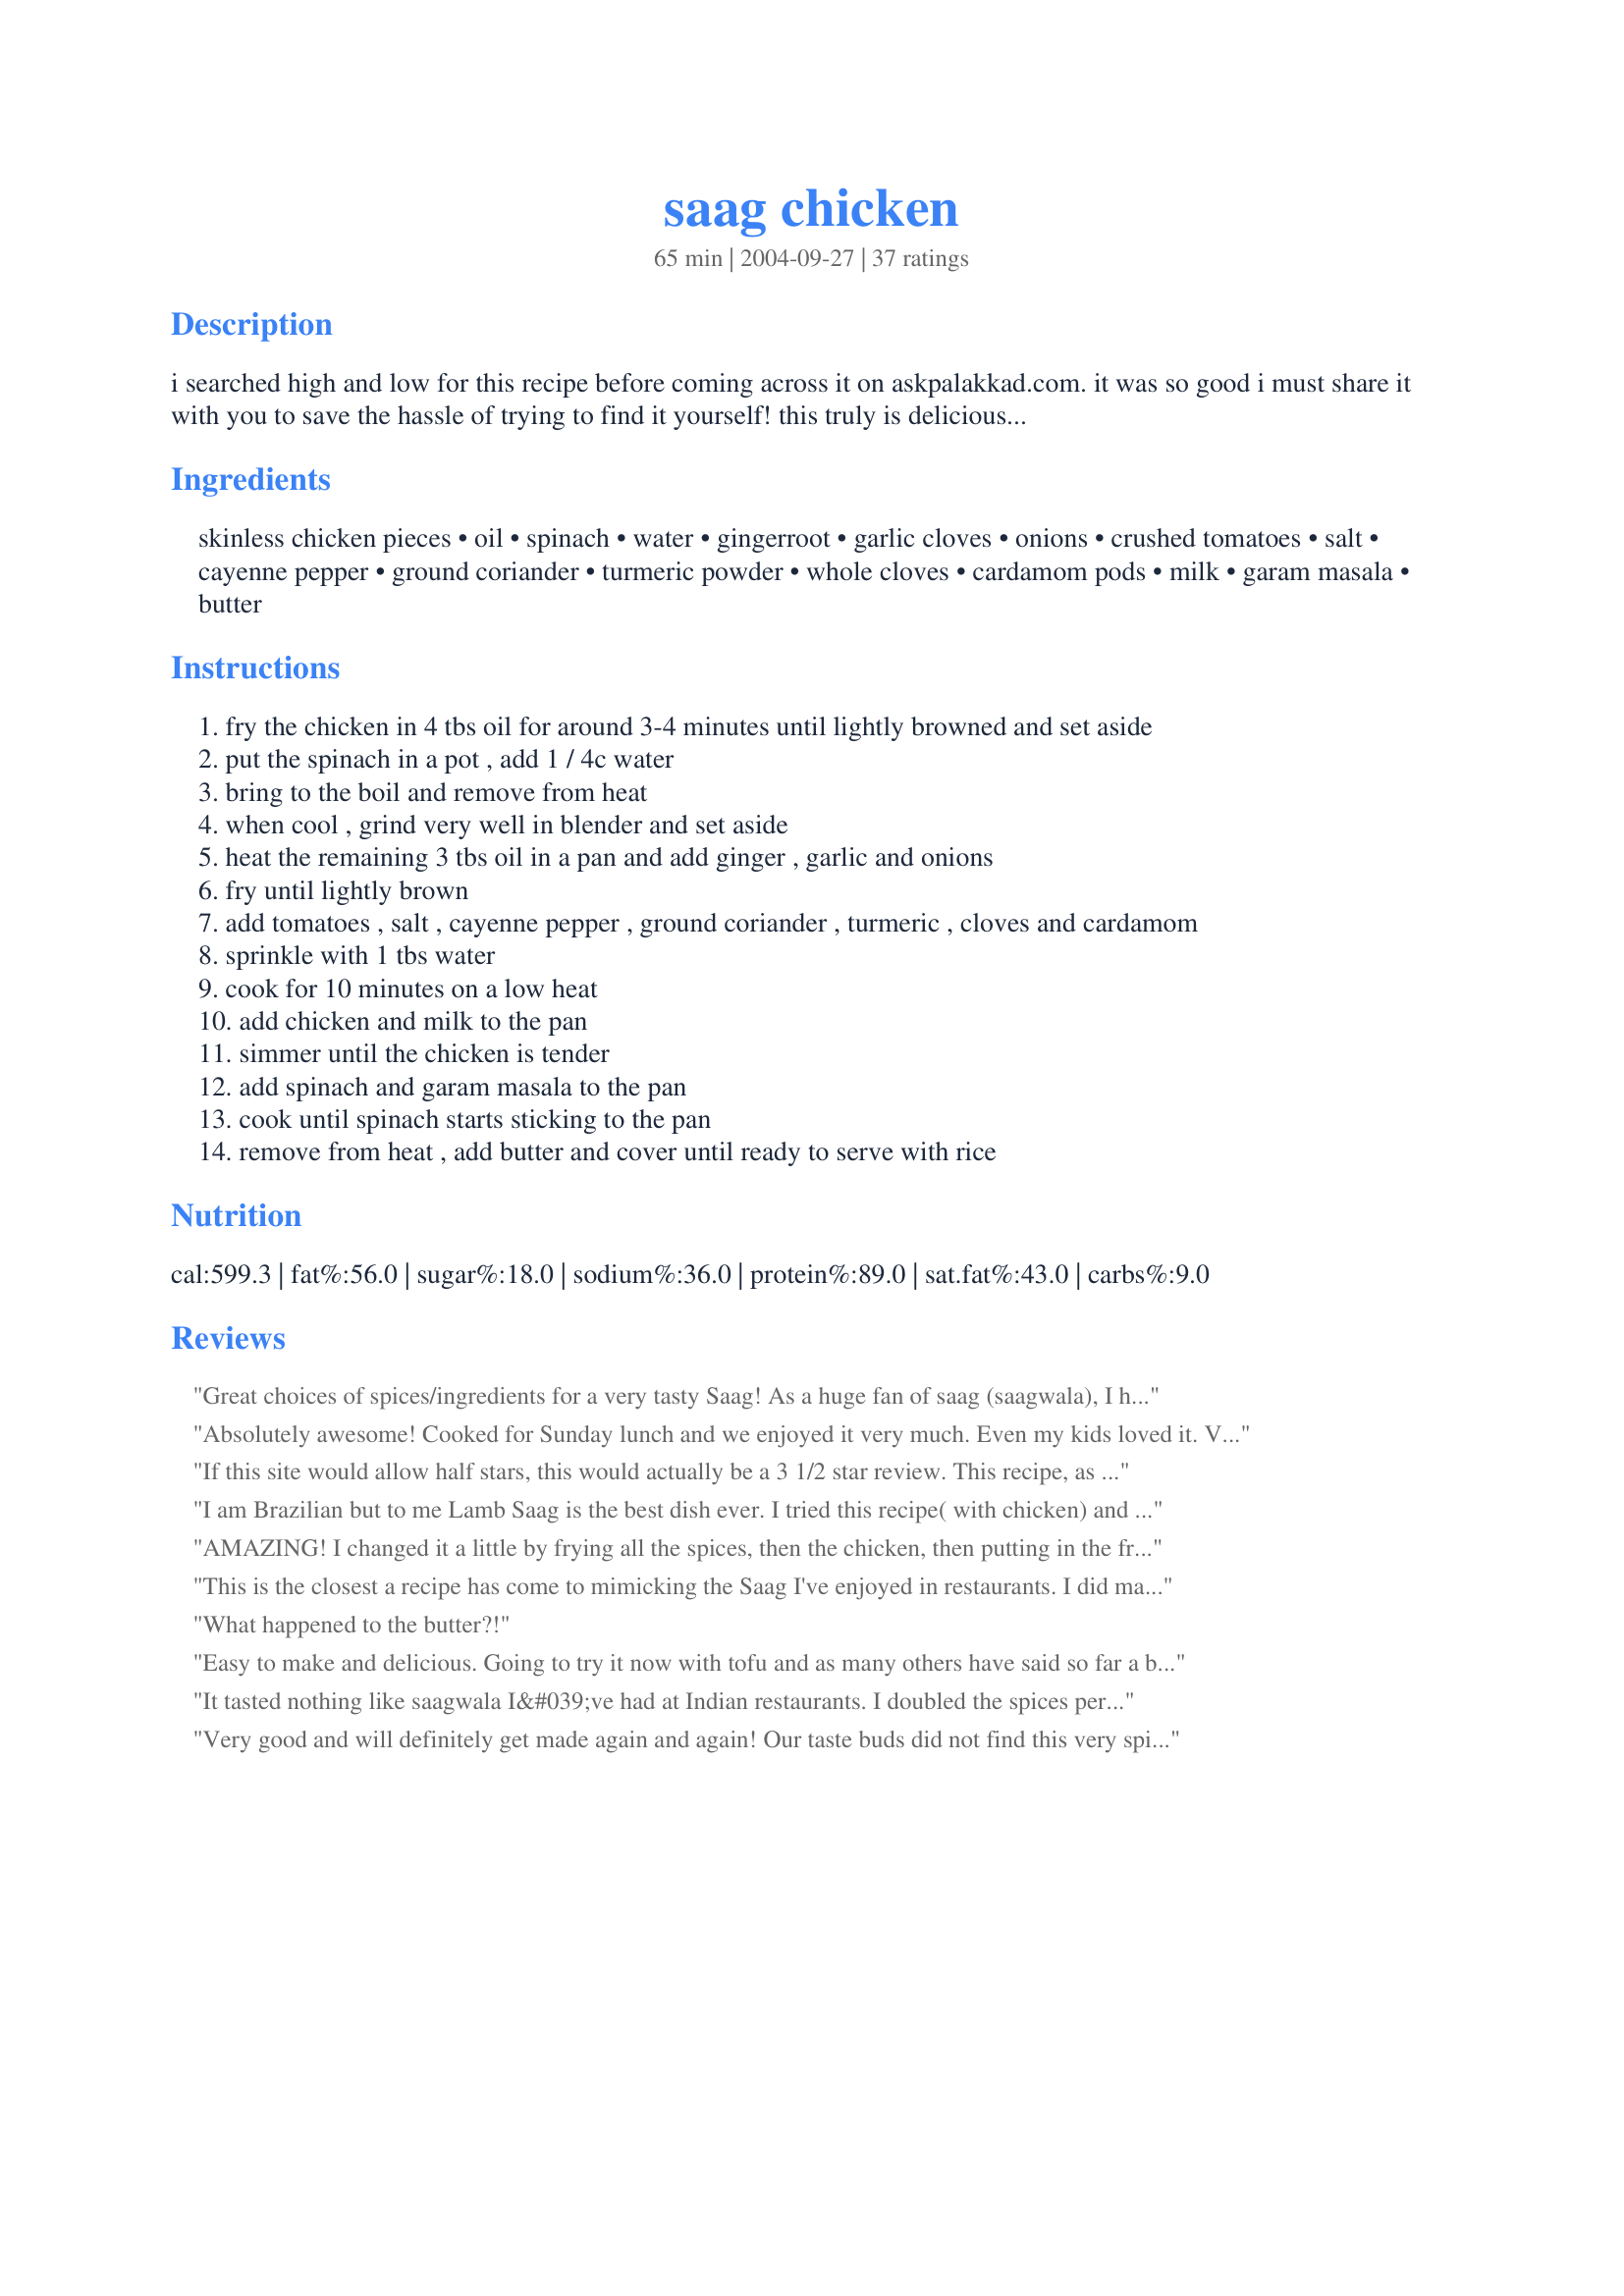
saag chicken
Preparation time: 65 minutes

i searched high and low for this recipe before coming across it on askpalakkad.com. it was so good i must share it with you to save the hassle of trying to find it yourself! this truly is delicious!! add a few cardamom seeds to the rice for a truly authentic indian taste! note: this is quite spicy. if you do not like spicy food, adjust the amount of cayenne pepper (e.g. 1/4 tsp cayenne).

Ingredients:
skinless chicken pieces, oil, spinach, water, gingerroot, garlic cloves, onions, crushed tomatoes, salt, cayenne pepper, ground coriander, turmeric powder, whole cloves, cardamom pods, milk, garam masala, butter

Steps:
fry the chicken in 4 tbs oil for around 3-4 minutes until lightly browned and set aside
put the spinach in a pot , add 1 / 4c water
bring to the boil and remove from heat
when cool , grind very well in blender and set aside
heat the remaining 3 tbs oil in a pan and add ginger , garlic and onions
fry until lightly brown
add tomatoes , salt , cayenne pepper , ground coriander , turmeric , cloves and cardamom
sprinkle with 1 tbs water
cook for 10 minutes on a low heat
add chicken and milk to the pan
simmer until the chicken is tender
add spinach and garam masala to the pan
cook until spinach starts sticking to the pan
remove from heat , add butter and cover until ready to serve with rice

Reviews:
Great choices of spices/ingredients for a very tasty Saag! As a huge fan of saag (saagwala), I have several recipes for chicken saag, and like some of the other raters of this particular recipe, like it very spicey. That said, I doubled the garlic, ginger, and spices. I also prefer a saag that produces more "gravy," thus added about 1/2 cup yogurt plus 1/2 cup chicken broth (at the end), and heated it through. The flavor of this spice combination is very close to what I have also been looking for. My DH also loved it. Added about 1/2 cup cooked sliced mushrooms to the mix. Thank you for sharing a recipe for saag that truly provides the "melded" spices that taste like those we've had in the best East Indian restaurants.
Absolutely awesome! Cooked for Sunday lunch and we enjoyed it very much. Even my kids loved it. Very tender and delicious. Full marks!
If this site would allow half stars, this would actually be a 3 1/2 star review. This recipe, as written, has a lot of issues, though I did like it a lot and would definitely make it again. Here are my thoughts:

1) &quot;4-6 Servings&quot; - only if feeding NFL linebackers, and even then, I think they&#039;d be struggling to finish it off. Note that it calls for 3 lbs EACH of spinach and chicken. I made quantities as described, and I got almost a full GALLON of saag. If you&#039;re eating it with naan and/or rice, that&#039;ll make each serving stretch even farther. This makes AT LEAST 16 servings as written (probably 16-20, depending on your appetite and whether you eat with rice/naan). Unless you need to feed a lot of people, you may want to consider reducing the recipe to half or even a quarter size, depending on how many you&#039;re feeding and how much leftovers you want.

2) Cooking vessels - 3 lbs of raw spinach has a lot of volume. I had to break out the largest pot I own (3 gallons) to fit it all. It will reduce, but you still have to put it all in there to start. I recommend a 2 gallon (8 quart) minimum for the spinach if you&#039;re making this at full size.

3) Oil - you probably don&#039;t need as much to cook the chicken. No more than half the quantity specified.

4) Spices - I concur with what other reviewers have said about this needing to be spicier. I doubled the spices and even threw in an extra teaspoon of curry powder for good measure. It could have used even more. Also, SALT. This needs so much more salt than it calls for. Try doubling it to start and then go from there.

5) Milk/yogurt - I used regular plain nonfat yogurt in double the quantity of milk specified (1/2 cup instead of 1/4). I think ideally, if you have greek yogurt with some degree of milkfat, that would be ideal for this dish.
I am Brazilian but to me Lamb Saag is the best dish ever. I tried this recipe( with chicken) and added some green peas and loved it. Tasted just like kabab House , the Indian Restaurant that I go to. Next time I will try with lamb. I also replaced milk for yogurt. Will make this dish over and over again. If you are a Indian food lover, like me, you will love it too. Now I will look for a recipe for Tik Tikka Masal ;)
AMAZING! I changed it a little by frying all the spices, then the chicken, then putting in the frozen spinach. Would definitely eat again.
This is the closest a recipe has come to mimicking the Saag I've enjoyed in restaurants. I did make a few changes though, mostly based upon the suggestions of others. I did double (or even slightly more) the spices listed in the ingredients. I used fresh baby spinach, which gave the saag a beautiful healthy green color. I also only used one onion as I'm not a huge onion fan. I used five skin-on, bone-in chicken thighs and roasted them at 400 degrees until slightly under done. Then I removed the bones and skin and shredded the meat with my hands. I used the rendered fat from the chicken to brown the onions, garlic and ginger and then substituted Chobani plain Greek yoghurt for the milk. I also threw in some homemade paneer (very easy and well worth it). Pretty dang tasty if I do say so myself.
What happened to the butter?!
Easy to make and delicious. Going to try it now with tofu and as many others have said so far a bit more spice. Extremely helpful resource for someone with no experience whatsoever handling Indian cuisine - thank you!
It tasted nothing like saagwala I&#039;ve had at Indian restaurants. I doubled the spices per other reviews, but still found it severely lacking in flavor. It was also very dry to the point that there were no juices for the rice to soak up. That being said, it was edible once we added some chicken broth to the mix. It just didn&#039;t taste at all like a typical saagwala.
Very good and will definitely get made again and again! Our taste buds did not find this very spicy at all however, so next time I'll up the spices some (we like our Indian food very spicy!). Great recipe!
Great recipee! Used yogurt instead of milk and added more spices and still found it quite mild. Mild doesn't mean "not delicious"! I devoured this stuff! And can't wait to do so again tomorrow for lunch!
I have been trying to make saag for years and this is the only recipe that has ever worked! It is addictive. I serve it with cilantro sauce (whirl cilantro, green onion & jalapeno in food processor, then blend in plain yogurt and a splash of lemon juice), basmati rice and spiced mashed buttercup squash. It freezes well, too, although the spinach turns dark.
This two star rating is for the recipe as written. It has WAY too much spinach. 48 ounces of spinach is a huge Costco sized bag of fresh spinach. I doubled the garlic, onion, ginger and all spices and added the full amount of spinach, which was a whole blender full of pureed (nearly) spinach, and I couldn&#039;t taste the spice at all. It also makes much more than 4 to 6 servings. We&#039;re going to be eating this for another 3 meals. It probably served 10 to 12. I managed to fix it by putting another large portion of every spice, including garlic and onion and ginger powders The spice mix is really great, and just before I put the spinach in, it was about the right spice to sauce ratio (I doubled the spiced to begin with), So it probably needs triple the spices and cut way back on the spinach. I&#039;m sure it could be very good if you get the ratios right.
Great authentic recipe, really nice. <br/>I used cream instead of milk just for more richness.
Very simple and awesome recipe
This is delicious and my family devoured it. I love how it's relatively healthy and has good flavours too. We finished the meal with mango lassi all around! Thanks for this great recipe!
Thank you very much for the recipe. One suggestion that I would make for those who think that this is a little bland is to cut back on the spinach. 3 pounds (48 oz) of spinach is quite a bit and I think you can take the approach of increasing spices or cutting the spinach back by at least 1/3. Thanks again for the recipe. I will continue to try this in different iterations.
This was good. I switched out the milk for yogurt and the butter for ghee (clarified butterfat that is commonly used in Indian dishes). I also reduced the amount of oil to 4 tbsp in total. I think next time I will increase the spice mix as I don't think it's enough. It's a good recipe to start with and I think with a little tweaking it could be a great 5-star dish. Thanks for this, MilliesMum!
Fairly quick and easy despite the long list of ingredients. It's become a family favorite and I've made it many, many times.
Delicious and easy. I can even make it on Tuesday night after work.
I should have read the other reviews before making this. Do not follow the recipe as stated unless your end goal is to serve bland spinach paste to a crowd of 20+. Double the spice, add plenty of yogurt, triple the salt and add chicken broth during the chicken stage. I'd personally let it simmer an extra 10 minutes at the end. Then take everything I just said and cut the recipe in half unless you're feeding an entire football team.
Fantastic meal! I didn't use butter at the end to keep it healthier. I'm Indian and this could have been hotter, so add some additional pepper or chilli powder if desired.
My 5 year old gave the recipe a frown without trying it, but I did try it, and liked it very much. It was even good without the tomatoes, butter, or milk. I added some lemon juice and served with a dollop of whole milk yogurt instead. It was deliscious and satisfying.
Delicious. I didn&#039;t have coriander and it still tastes amazing. I might chop the spinach before cooking and skip blending next time. There is some texture missing.
This recipe is so good I've registered just to rate it! This made one of the best Saags I have ever tasted, and I've tasted a lot. I too like a lot of heat & flavour, so I more or less doubled the spice quantities used, but I can tell that it would've been delicious if I'd stuck to the amount prescribed. I highly recommend this recipe, you'll love it!
This looks like a long recipe, but really isn't that complicated once you have all the ingredients gathered. I would chop the spinach very fine for easier grinding next time. I didn't find this recipe very spicy, so I think the recommended cayenne pepper amount is fine. The 3 lbs of chicken pieces worked out to 2 large chicken breasts, and I am not sure how much 48 ounces of spinach is, but I used one of those square bags of spinach (could probably use a bit more). I used about 6 tomatoes out of the can with some of the juice. It doesn't taste exactly like the Saag Chicken you get at Indian restaurants, but it's close. Tastes better the next day.
I used this recipe to try saag chicken for the first time. It turned out to be awesome! Thanks a lot!
I LOVE this dish. I don&#039;t cook, so my sister makes it for me as a special treat when she visits. It does taste like what I enjoy when I go to a good Indian restaurant. She substituted 24 oz. of frozen spinach the first time she made it, to save on cost, and always makes at least 1/2 of the meat chicken thighs (as opposed to breasts) for the moisture. She always doubles so I can freeze some, which tastes wonderful, and the leftovers the next day are always great, too!! Last time she did this, I had a &quot;new&quot; blender and the spinach wrapped up and burnt it out, but I would imagine most people on this site will have the right tools for this.
This is easy and tasty. I used about half the amount of meat but kept the rest about the same. I used frozen spinach (26 oz total), and so did not add any water at any stage since it releases a lot of juice. I also used only minimal oil but did finish it with the butter as written. I thought the spicing worked well--enough to make it interesting and flavorful without overwhelming. I served this over millet and added some toasty almonds as a garnish on top. The leftovers were good, too. --M
Good recipe. I veganized it by using a block of tofu instead of the chicken pieces, soymilk in place of regular milk, and earth balance for butter. I doubled the amount of cayenne pepper since we like things a little more spicy, and could really have added a bit more (we also added freshly ground black pepper). Immediately after cooking (and before adding the butter), we tried it, and it did taste rather bland. The butter is key in giving it a creamy texture. We liked the addition of butter so much, we doubled the amount of butter for an even creamier saag. I simmered it for about 30 minutes and let sit for about an hour. The flavors of this dish got better and better the longer we waited. Best the next day. This recipe was a bit more labor-intensive and time-consuming than I normally like (and created quite a bit of dishes), but I would make this again by special request. Thank you for sharing this recipe.
I just made this and it is very good. The only change I made was not pureeing any of the spinach. I thought it would be more visually appealing to my american guests to see the spinach instead of a green puree. Still lovely and I adore the pureed kind as well.
I made this dish over the weekend and it was very good!!! I was extremely happy to find the garam masala spice at a regular grocery store. I love Indian food and this was definitely authentic and comparable to something I would order at a restaurant. I just added a little bit more cayenne pepper because I love spicy food. I also served this with naan and rice. Thanks for an awesome recipe!
Really authentic tasting. Almost as good as the Sag from my favourite Balti house.
This one was good..very close to the flavors in the one I am used to eating.I did feel as though it needed more spices.Not that I like things spicey...thats not it at all.I was a bit bland imho.I will defiantly make again but I think I will follow the spices from Aloo Gobi Mattar - Cauliflower, Pea and Potato Curry. Read more: http://www.food.com/recipe/aloo-gobi-mattar-cauliflower-pea-and-potato-curry-187408#ixzz1RWUwBCuD. I made this dish as well & I think the spices would carry over perfectly to achieve the amount of flavor I am looking for.Paired with some basmati rice for a great meal.Thanks for posting..I can't wait to make it again!
we enjoyed this recipe. will make again, perhaps with a bit more spice.
Great recipe. We used fresh tomatoes, and no milk or butter but some crème fraîche which gave it a lovely tangy taste. Will definitely make this again!
Pretty good. I had to cook mine longer, until the spinach got "creamy". I also increased the spices since we like things hot and super flavorful.
